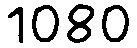
1080